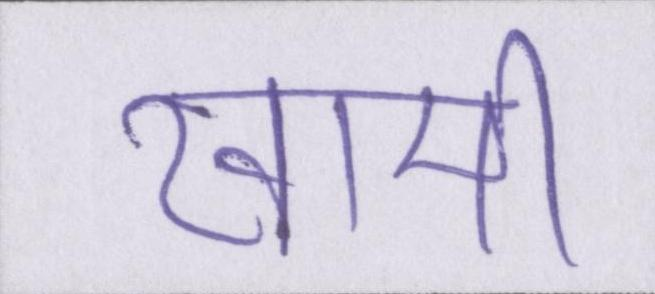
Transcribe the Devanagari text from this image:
खामी